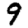
Digit: 9